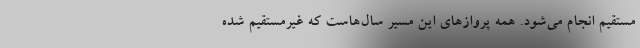
مستقیم انجام می‌شود. همه پروازهای این مسیر سال‌هاست که غیرمستقیم شده